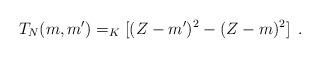
LaTeX: \begin{align*}T_N(m,m')&=_K[(Z-m')^2-(Z-m)^2]\enspace.\end{align*}